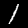
Label: 1